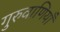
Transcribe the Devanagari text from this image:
गुरुवाणियाँ